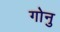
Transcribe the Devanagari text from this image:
गोनु